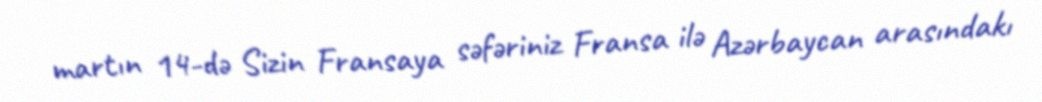
martın 14-də Sizin Fransaya səfəriniz Fransa ilə Azərbaycan arasındakı